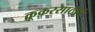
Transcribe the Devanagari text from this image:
कूकरसाठीचे